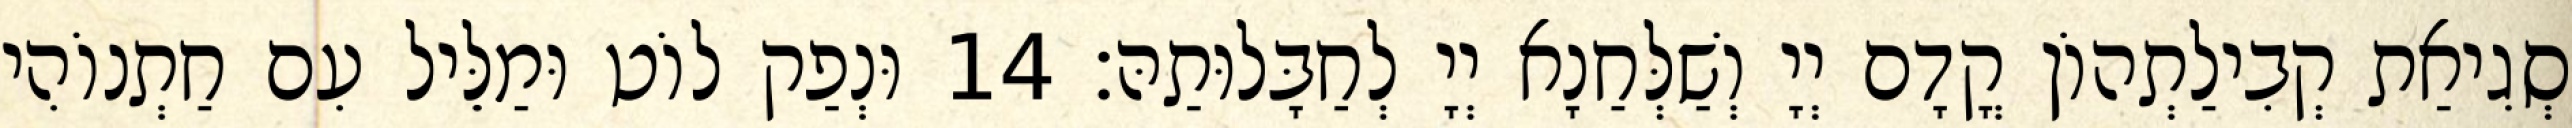
סְגִיאַת קְבִילַתְהוֹן קֳדָם יְיָ וְשַׁלְּחַנָא יְיָ לְחַבָּלוּתַהּ׃ 14 וּנְפַק לוֹט וּמַלֵּיל עִם חַתְנוֹהִי